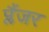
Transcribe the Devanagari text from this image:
प्लैंजर